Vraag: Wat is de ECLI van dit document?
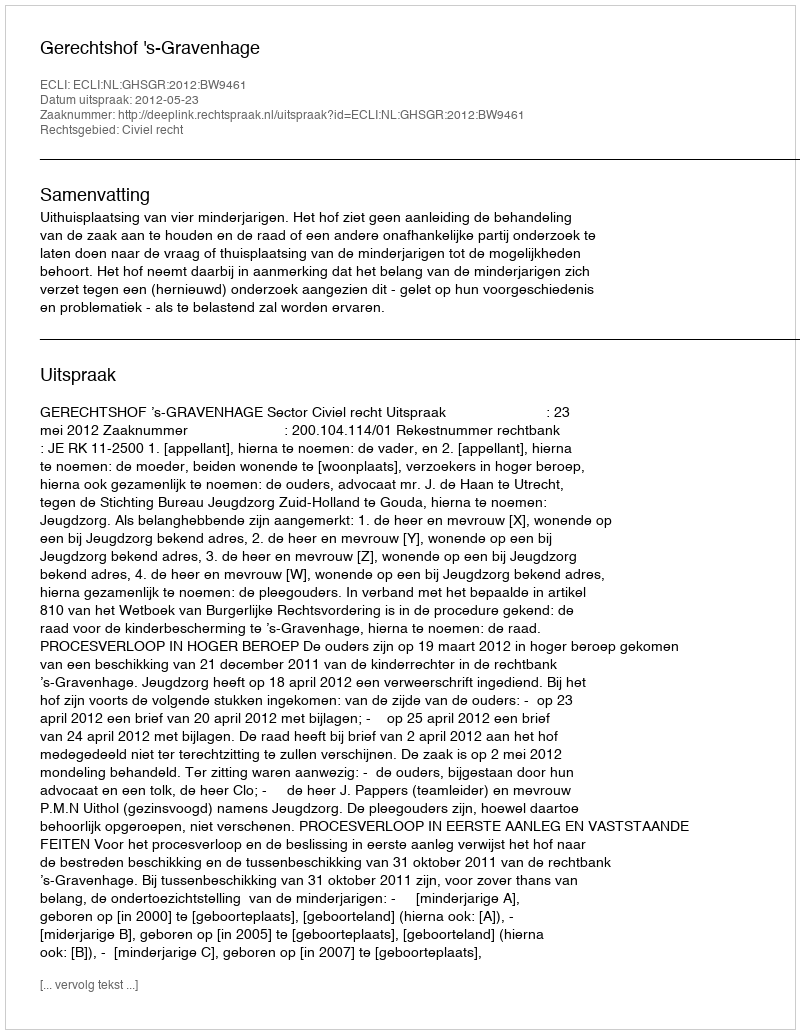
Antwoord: ECLI:NL:GHSGR:2012:BW9461